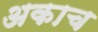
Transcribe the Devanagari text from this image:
अकाच